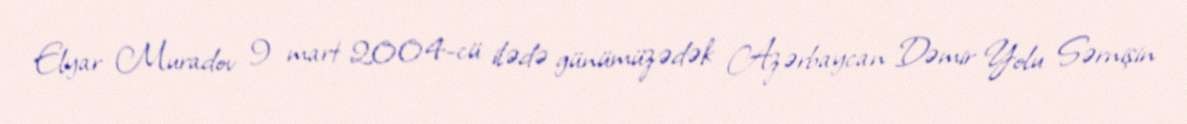
Elyar Muradov 9 mart 2004-cü ilədə günümüzədək Azərbaycan Dəmir Yolu Sərnişin